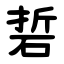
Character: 硩